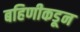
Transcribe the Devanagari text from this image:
बहिणीकडून